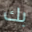
بك